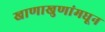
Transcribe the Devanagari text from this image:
खाणाखुणांमधून